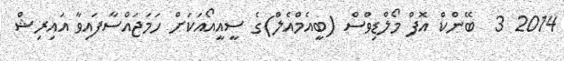
2014 3  ބޭންކް އޮފް މޯލްޑިވްސް (ބީއެމްއެލް)ގެ ސީއީއޯއަކަށް ހަމަޖައްސާފައިވާ އައިރިޝް